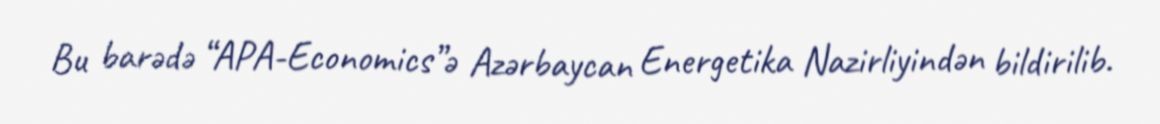
Bu barədə “APA-Economics”ə Azərbaycan Energetika Nazirliyindən bildirilib.